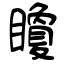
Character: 矎